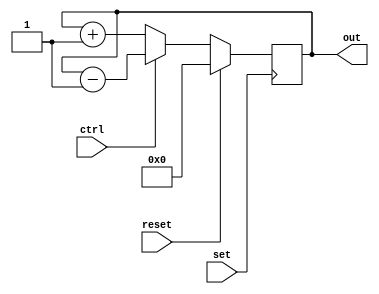
module inc_dec_counter
	(
		set,
		reset,
		ctrl,
		out
	);
	
	input set;
	input reset;
	input ctrl;
	
	output [7:0] out;
	
	reg [7:0] out;
	
	initial
		begin
			out = 8'b00000000;
		end
		
	always @ (posedge set)
		begin
			if (reset == 1'b1)
				begin
					out = 8'b00000000;
				end
			else if (ctrl == 1'b0)
				begin
					out = out + 1;
				end
			else if (ctrl == 1'b1)
				begin
					out = out - 1;
				end
		end
	
endmodule